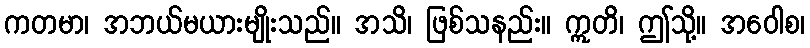
ကတမာ၊ အဘယ်မယားမျိုးသည်။ အသိ၊ ဖြစ်သနည်း။ ဣတိ၊ ဤသို့။ အဝေါစ၊